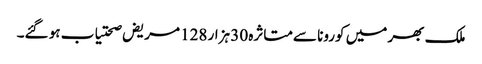
ملک بھر میں کورونا سےمتاثرہ 30 ہزار 128 مریض صحتیاب ہو گئے۔